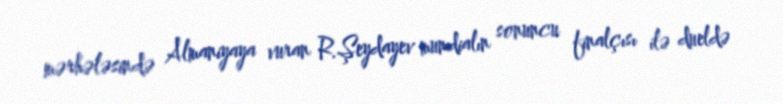
mərhələsində Almaniyaya vuran R.Şeydayev mundialın sonuncu finalçısı ilə dueldə